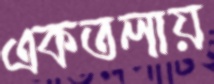
একতলায়